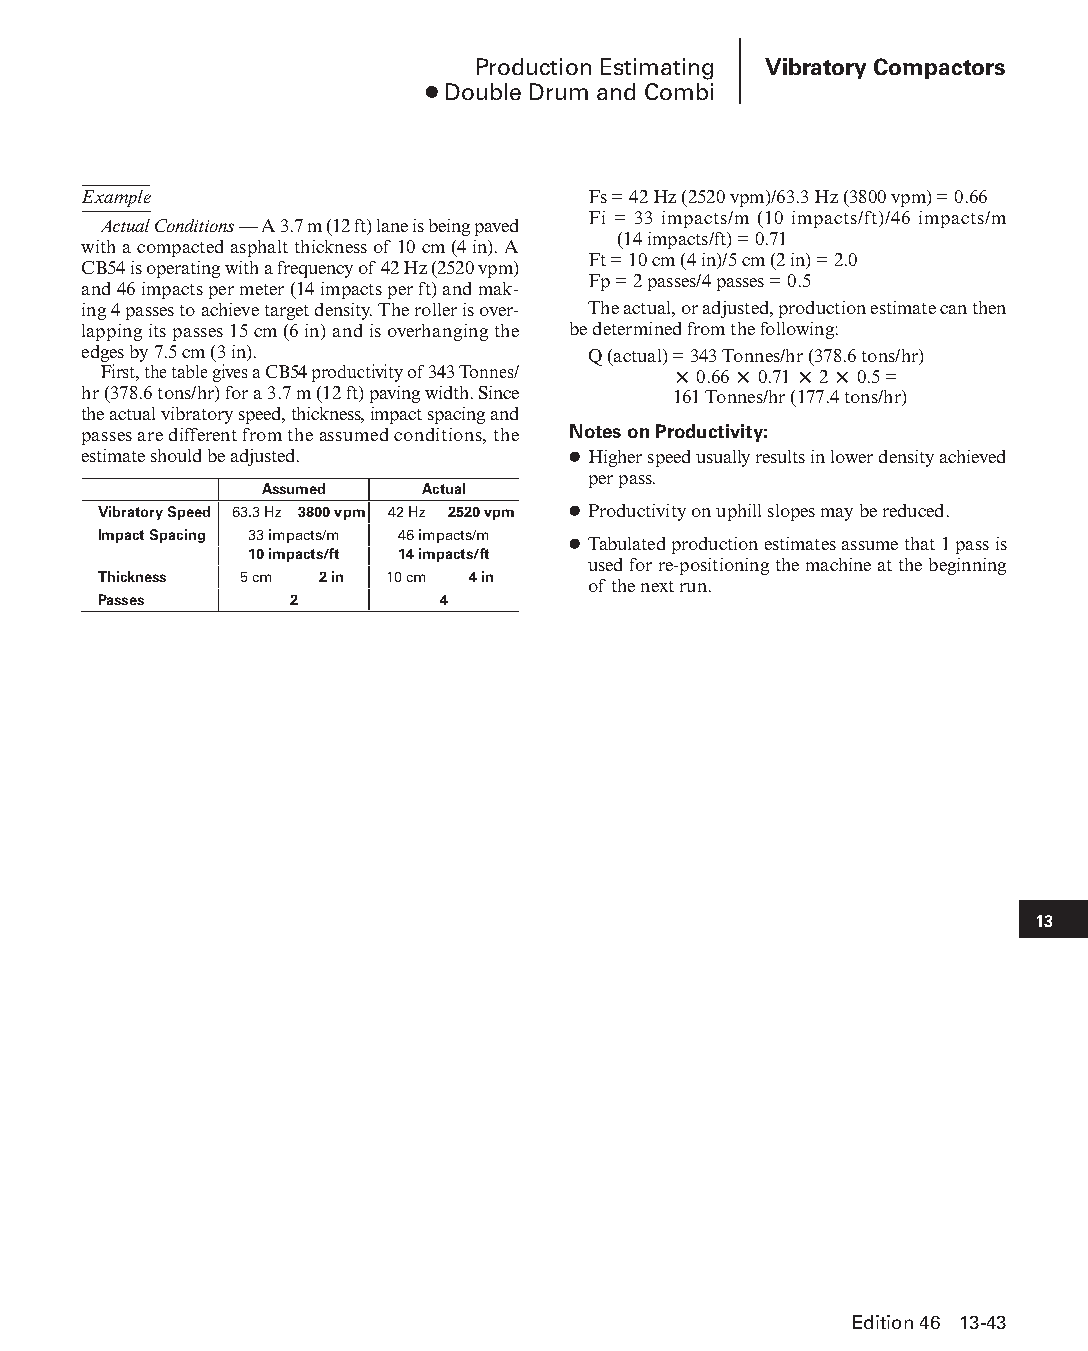
Production Estimating Vibratory Compactors
 ● Double Drum and Combi
 Example                          Fs = 42 Hz (2520 vpm)/63.3 Hz (3800 vpm) = 0.66
 Fi = 33 impacts/m (10 impacts/ft)/46 impacts/m
 Actual Conditions — A 3.7 m (12 ft) lane is being paved
 (14 impacts/ft) = 0.71
 with a compacted asphalt thickness of 10 cm (4 in). A
 Ft = 10 cm (4 in)/5 cm (2 in) = 2.0
 CB54 is operating with a frequency of 42 Hz (2520 vpm)
 Fp = 2 passes/4 passes = 0.5
 and 46 impacts per meter (14 impacts per ft) and mak-
 ing 4 passes to achieve target density. The roller is over- The actual, or adjusted, production estimate can then
 lapping its passes 15 cm (6 in) and is overhanging the be determined from the following:
 edges by 7.5 cm (3 in).          Q (actual) = 343 Tonnes/hr (378.6 tons/hr)
 First, the table gives a CB54 productivity of 343 Tonnes/ × 0.66 × 0.71 × 2 × 0.5 =
 hr (378.6 tons/hr) for a 3.7 m (12 ft) paving width. Since 161 Tonnes/hr (177.4 tons/hr)
 the actual vibratory speed, thickness, impact spacing and
 passes are different from the assumed conditions, the Notes on Productivity:
 estimate should be adjusted.    ● Higher speed usually results in lower density achieved
 per pass.
 Assumed   Actual
 Vibratory Speed 63.3 Hz 3800 vpm 42 Hz 2520 vpm ● Productivity on uphill slopes may be reduced.
 Impact Spacing 33 impacts/m 46 impacts/m
 ● Tabulated production estimates assume that 1 pass is
 10 impacts/ft 14 impacts/ft
 used for re-positioning the machine at the begin ning
 Thickness 5 cm 2 in 10 cm 4 in
 of the next run.
 Passes       2        4
 13
 Edition 46 13-43
 PPHHBB--SSeecc1133--1166..iinndddd 4433                        1122//44//1155 1100::4499 AAMM